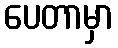
ပေတာမှာ